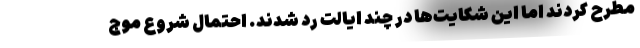
مطرح کردند اما این شکایت‌ها در چند ایالت رد شدند. احتمال شروع موج